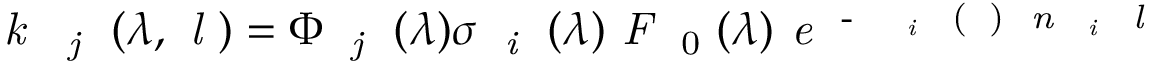
\textit { k } \textsubscript { \textit { j } } ( \lambda , \textit { l } ) = \Phi \textsubscript { \textit { j } } ( \lambda ) \sigma \textsubscript { \textit { i } } ( \lambda ) \textit { F } \textsubscript { 0 } ( \lambda ) \textit { e } \textsuperscript { - \sum \sigma \textsubscript { \textit { i } } ( \lambda ) \textit { n \textsubscript { \textit { i } } l } }